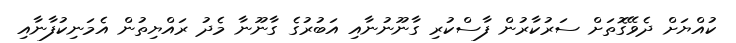
ކުއްޔަށް ދެވޭގޮތަށް ސަރުކާރުން ފާސްކުރި ގާނޫނުނާއި އަބުރުގެ ގާނޫނާ މެދު ރައްޔިތުން އެމަނިކުފާނާއި